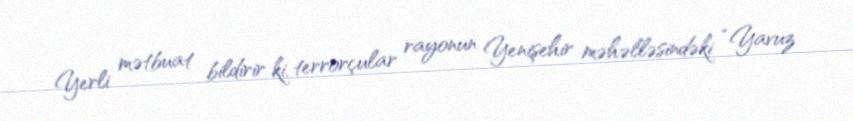
Yerli mətbuat bildirir ki, terrorçular rayonun Yenişehir məhəlləsindəki “Yavuz